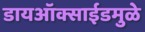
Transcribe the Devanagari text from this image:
डायऑक्साईडमुळे